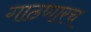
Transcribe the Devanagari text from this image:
गाठणारच